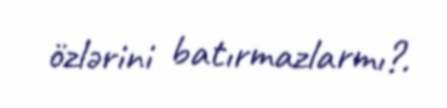
özlərini batırmazlarmı?.